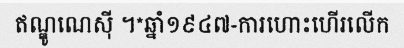
ឥណ្ឌូណេស៊ី ។*ឆ្នាំ១៩៤៧-ការហោះហើរលើក